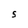
Character: S